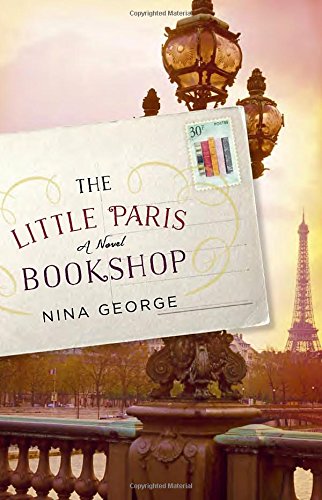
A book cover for The Little Paris Bookshop: A Novel; Nina George; Mystery, Thriller & Suspense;